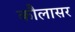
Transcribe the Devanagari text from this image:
कौलासर